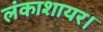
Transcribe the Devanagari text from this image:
लंकाशायर।